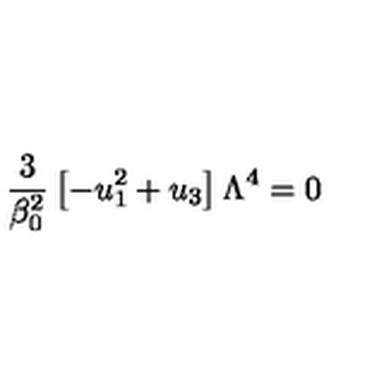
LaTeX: \frac { 3 } { \beta _ { 0 } ^ { 2 } } \left[ - u _ { 1 } ^ { 2 } + u _ { 3 } \right] \Lambda ^ { 4 } = 0